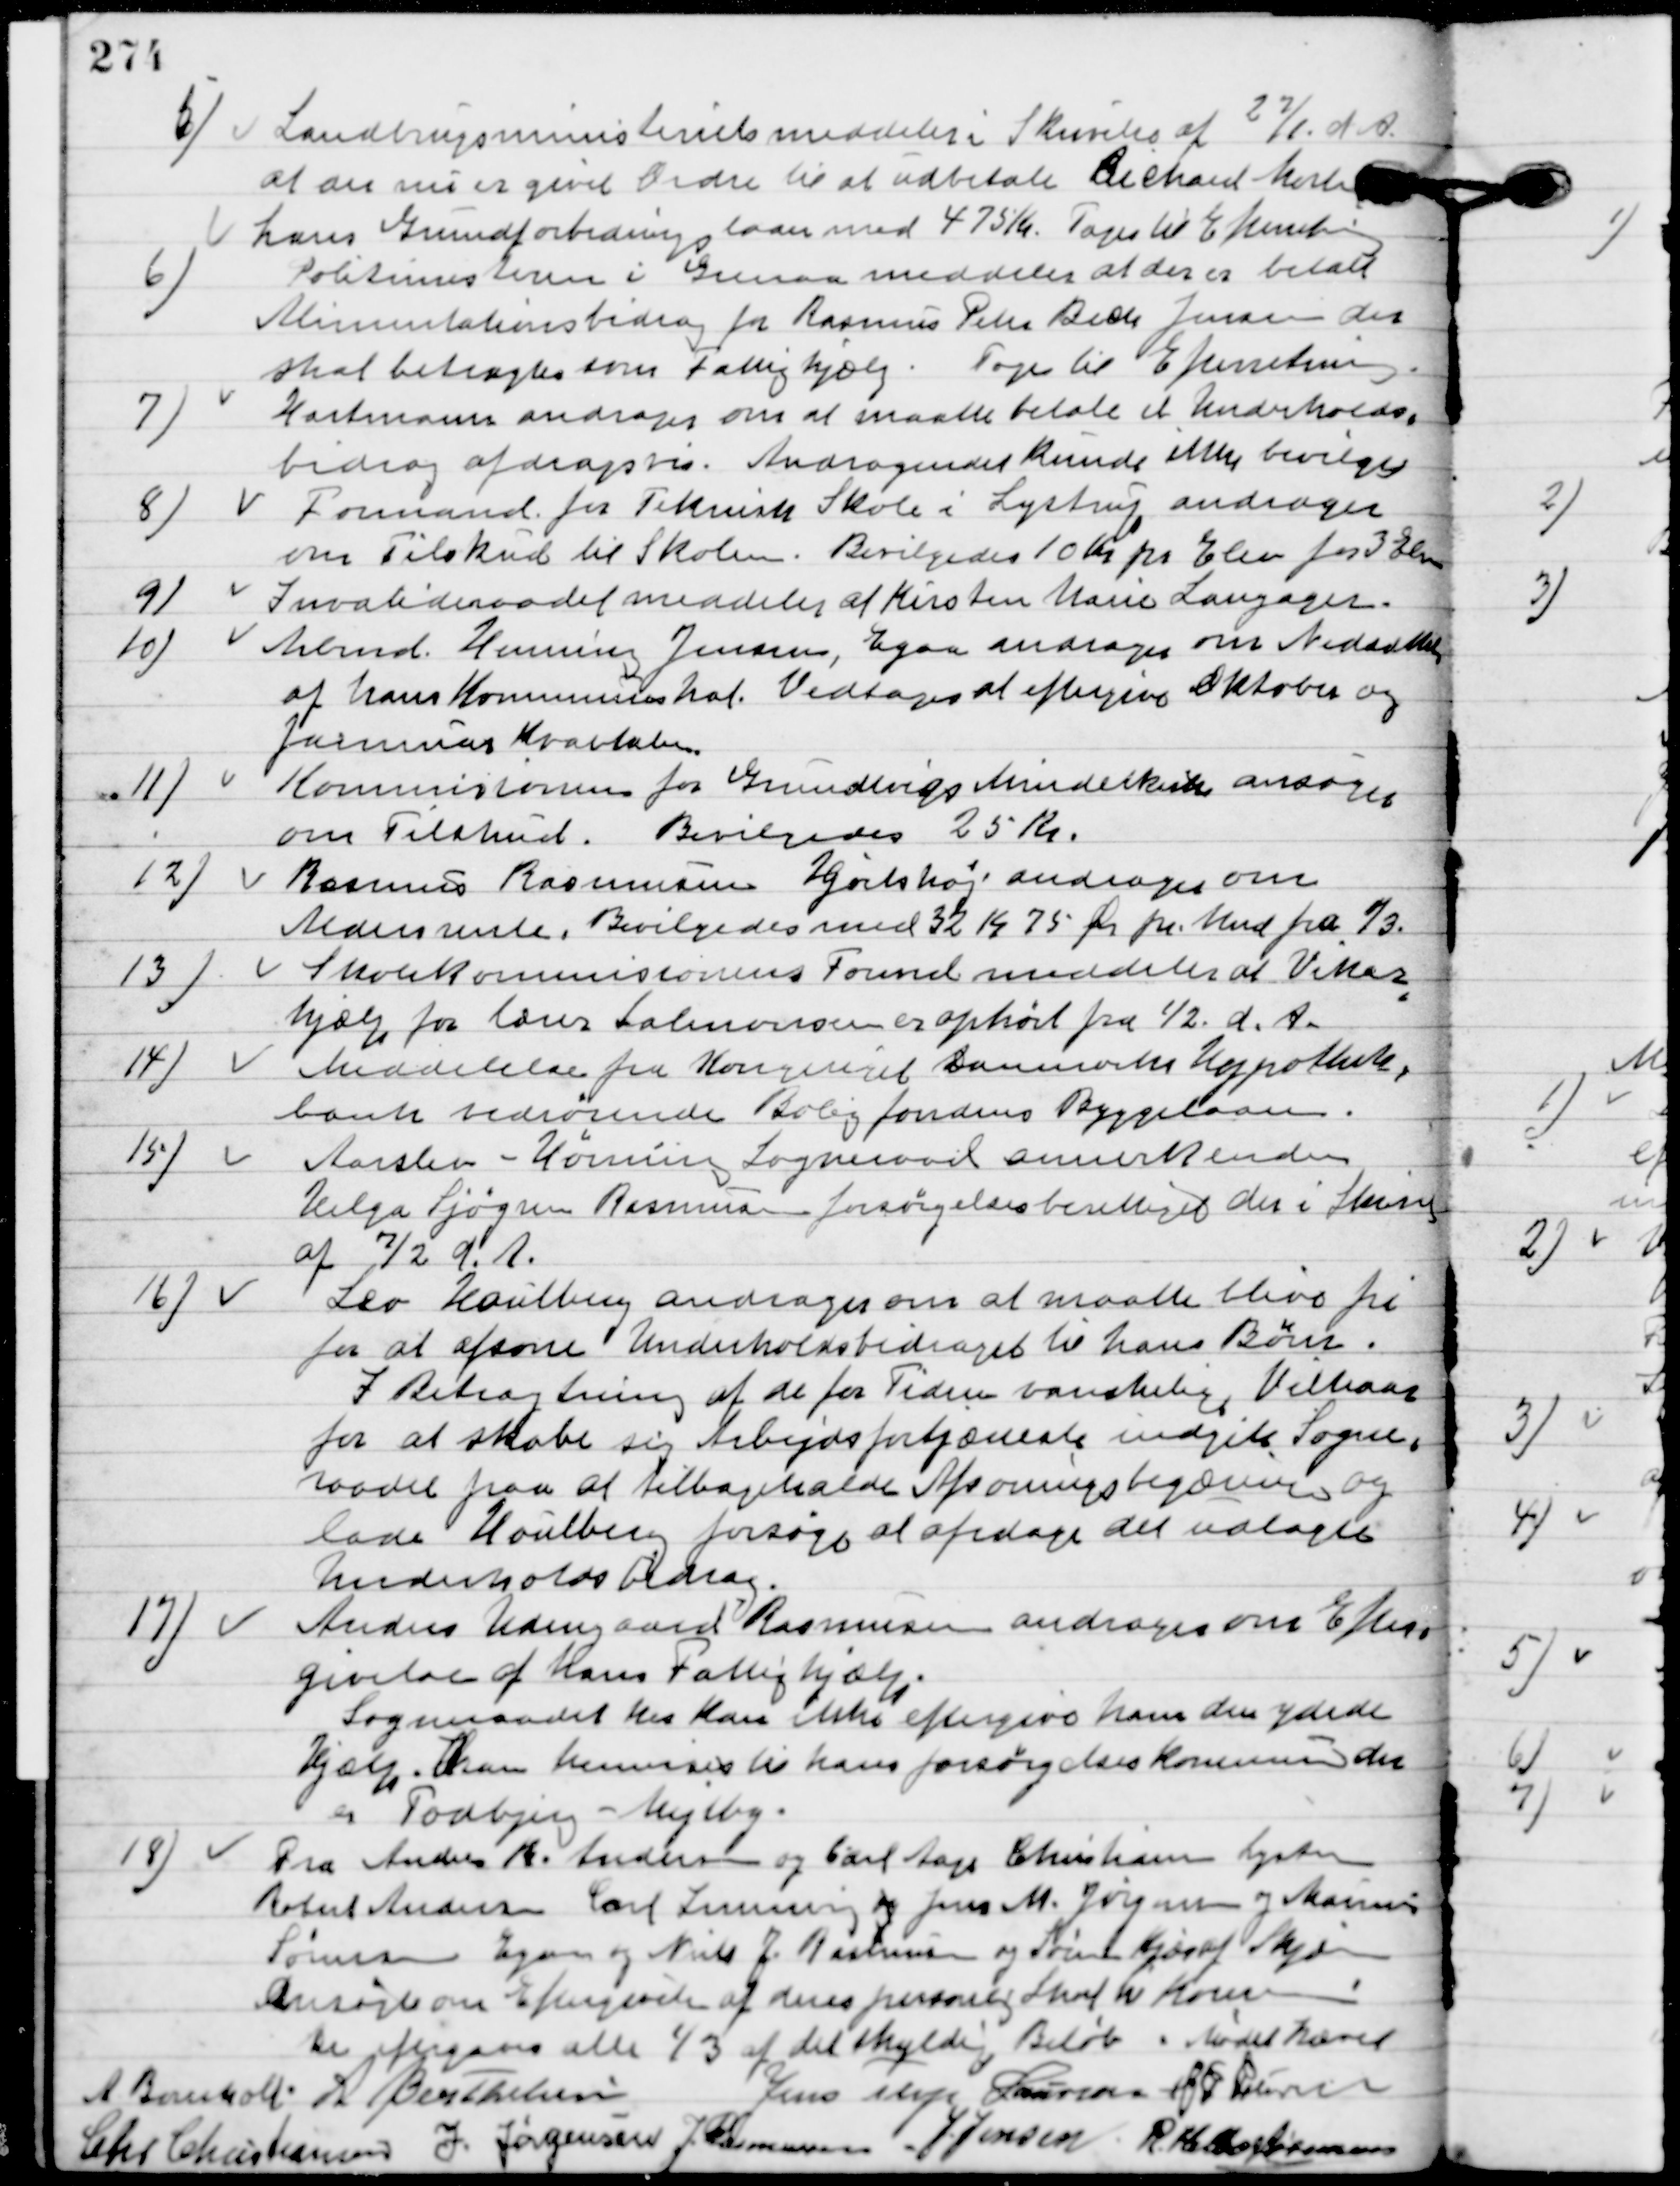
Transskription:
5

Landbrugsministeriet meddeler i skrivelse af 27/1 d. A. 
at der nu er givet Ordre til at udbetale Richard Morte
hans Grundforbedrings laan med 475 Kr.
Toges til Efterretning.

6

Politimesteren i Grenaa meddeler at der er betalt
Alimentationsbidrag for Rasmus Peter Bech Jensen der
skal betragtes som Fattighjælp.
Toges til Efterretning.

7

Hartmann andrager om at maatte betale et Underholds-
bidrag afdragsfri.
Andragendet kunne ikke bevilgedes.

8.

Formand for Teknisk skole i Lystrup andrager
 om Tilskud til Skolen.
Bevilgedes 10 Kr. pr. Elev for 3 Elever.

9.

Invalideraadet meddeler at Kirsten Marie Langager

10.

Arbmd. Henning Jensen, Egaa andrager om Nedsættelse
af hans Kommuneskat.
Vedtages at eftergive Oktober og
Januar Kvartal.

11.

Kommissionen for Grundtvigs Mindekirke ansøger
om Tilskud.
Bevilgedes 25 Kr.

12.

Rasmus Rasmussen Hjortshøj andrager om
Aldersrente.
Bevilgedes med 32 Kr. 75 Øre pr. Mnd. Fra 1/3.

13.

Skolekommissions Formd. Meddeler at vikar
hjælp for lærer Salomonsen er ophørt fra 1/2 d. A.

14.

Meddelelse fra Kongeriget Dammarks Hypotek-
bank vedrørende Boligfondens Byggelaan.

15.

Aarslev-Hørning Sogneraad annerkender
Helga Sjøgren Rasmussen forsørgelseberettiget der i Skrivelse
af 7/2 d. A.

16.

Leo Halulberg andrager om at maatte blive fri
for at afsone Underholdsbidraget til hans Børn.
I Betragtning af de for tiden vanskelige
Vilkaar for at skabe sig Arbejdsfortjæneste indgik Sogne-
raadet paa at tilbagekalde Afsoningsbegæringen og
lade Houlberg forsøge at afdrage det udlagte
Underholdsbidrag.

17

Anders Udengaard Rasmussen andrager om Efter-
givelse af hans Fattighjælp.
Sogneraadet her kan ikke eftergive ham den ydede
Hjælp. Han henvises til hans forsørgelses Kommune der
er Todbjerg-Mejlby.

18

Fra Anders R. Andersen og Carl Aage Christian Lystrup
Robert Andersen Carl Lemming og Jens M. Jørgensen og Marius
Sørensen Egaa og Niels J. Rasmussen og Søren Kjær af Skjæring
Ansøge om Eftergivelse af deres personlige Skat til Kommunen.
De eftergives alle 1/3 af det skyldige Beløb.

Mødet hævet.

A. Bomholt
A. Berthelsen
Jens Terp Laursen
H. P. Pedersen
Chr. Christiansen
I. Jørgensen
Jens Rasmussen
J. Jensen
R. Helbo Sørensen